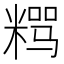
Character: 𱹎